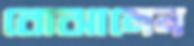
বোঝালেন